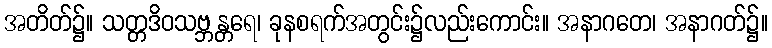
အတိတ်၌။ သတ္တဒိဝသဗ္ဘန္တရေ၊ ခုနစရက်အတွင်း၌လည်းကောင်း။ အနာဂတေ၊ အနာဂတ်၌။